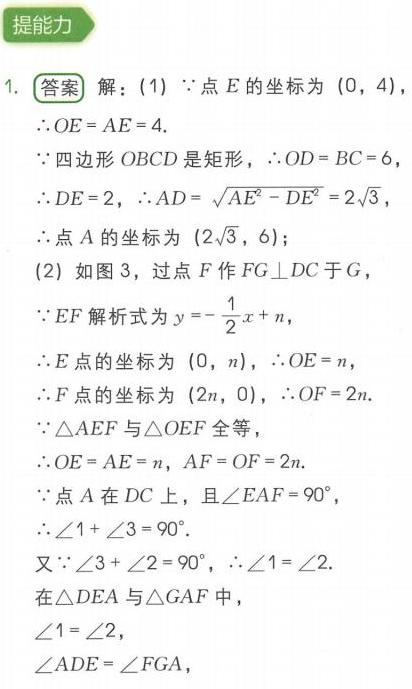
提能力
1. 答案 解：(1) \(\because\)点 \(E\) 的坐标为 \((0,4)\)，
\(\therefore OE = AE = 4\).
\(\because\)四边形 \(OBCD\) 是矩形，\(\therefore OD = BC = 6\)，
\(\therefore DE = 2\)，\(\therefore AD=\sqrt{AE^{2}-DE^{2}} = 2\sqrt{3}\)
\(\therefore\)点 \(A\) 的坐标为 \((2\sqrt{3},6)\)；
(2) 如图 3，过点 \(F\) 作 \(FG\perp DC\) 于 \(G\)，
\(\because EF\) 解析式为 \(y =-\frac{1}{2}x + n\)，
\(\therefore E\) 点的坐标为 \((0,n)\)，\(\therefore OE = n\)，
\(\therefore F\) 点的坐标为 \((2n,0)\)，\(\therefore OF = 2n\).
\(\because\triangle AEF\) 与 \(\triangle OEF\) 全等，
\(\therefore OE = AE = n\)，\(AF = OF = 2n\).
\(\because\)点 \(A\) 在 \(DC\) 上，且 \(\angle EAF = 90^{\circ}\)，
\(\therefore\angle1+\angle3 = 90^{\circ}\).
又 \(\because\angle3+\angle2 = 90^{\circ}\)，\(\therefore\angle1=\angle2\).
在 \(\triangle DEA\) 与 \(\triangle GAF\) 中，
\(\angle1=\angle2\)，
\(\angle ADE=\angle FGA\)，